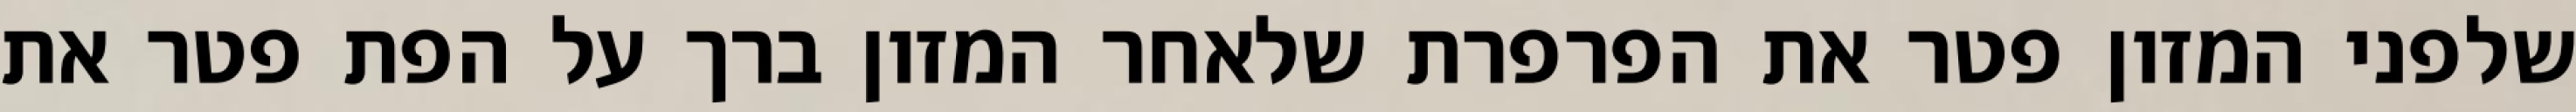
שלפני המזון פטר את הפרפרת שלאחר המזון ברך על הפת פטר את